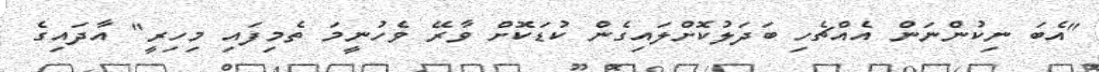
"އެބަ ނިކުންނަން އެއްޗެހި ބަދަލުކޮށްލައިގެން ކުޑަކޮށް ވާރޭ ވެހުނީމަ ތެމިފައި މިހިރީ" އާދައިގެ